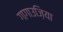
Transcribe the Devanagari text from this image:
गागाउज़िया